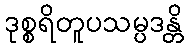
ဒုစ္စရိတူပသမ္ပဒန္တိ